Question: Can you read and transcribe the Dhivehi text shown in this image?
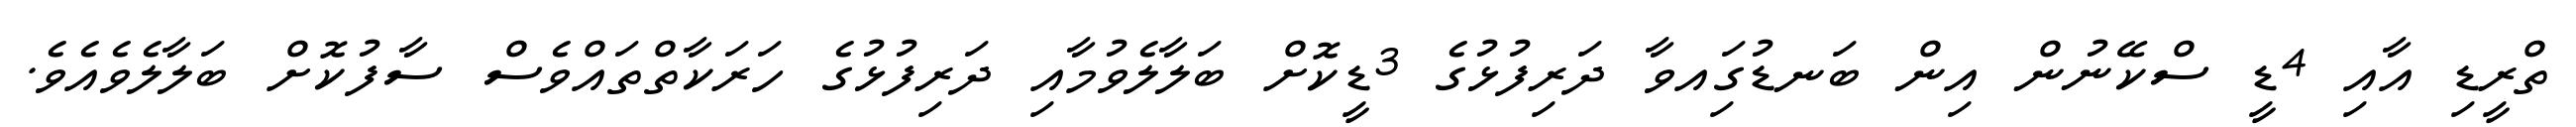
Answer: ތްރީޑި އާއި 4ޑީ ސްކޭނުން އިން ބަނޑުގަިއވާ ދަރިފުޅުގެ 3ޑީކޮށް ބަލާލެވުމާއި ދަރިފުޅުގެ ހަރަކާތްތައްވެސް ސާފުކޮށް ބަލާލެވެއެވެ.